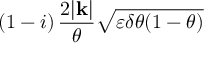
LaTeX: \left( 1 - i \right) \frac { 2 | \mathbf { k } | } { \theta } \sqrt { \varepsilon \delta \theta ( 1 - \theta ) }